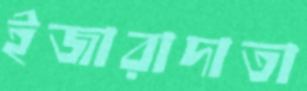
ইজারাদাতা